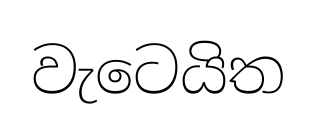
වැටෙයිත